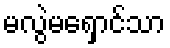
မလွဲမရှောင်သာ